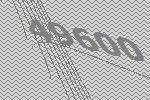
49600